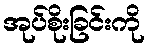
အုပ်စိုးခြင်းကို